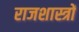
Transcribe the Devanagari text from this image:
राजशास्त्रों